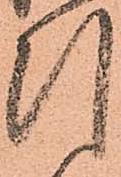
引